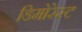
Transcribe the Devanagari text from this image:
डिमोरेस्ट